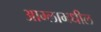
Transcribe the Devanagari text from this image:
आम्लामधील